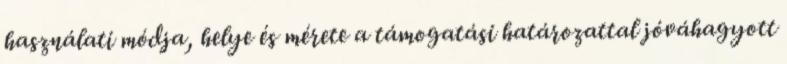
használati módja, helye és mérete a támogatási határozattal jóváhagyott